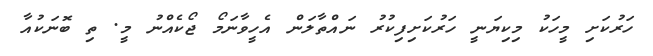
ހަރުކަށި މީހަކު މިކިޔަނީ ހަރުކަށިފިކުރު ނައްތާލަން އެހީވާނަމޯ ޖޯކެއްނު މީ. ތި ބޮނަކުއާ